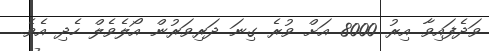
ވަދެފައިވާ އިރު 8000 އަށް ވުރެ ގިނަ ދަރިވަރުން އޯލެވެލް ހެދި އެވެ.